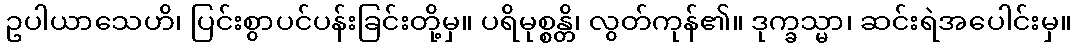
ဥပါယာသေဟိ၊ ပြင်းစွာပင်ပန်းခြင်းတို့မှ။ ပရိမုစ္စန္တိ၊ လွတ်ကုန်၏။ ဒုက္ခသ္မာ၊ ဆင်းရဲအပေါင်းမှ။